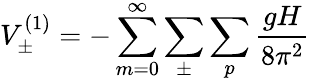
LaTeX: V_{\pm}^{(1)}=-\sum_{m=0}^{\infty}\sum_{\pm}\sum_{p}\frac{gH}{8\pi^{2}}